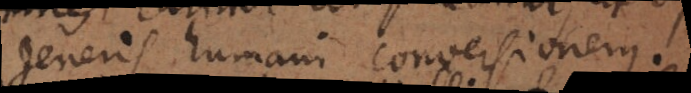
generis humani conversionem.